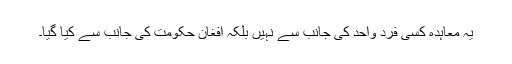
یہ معاہدہ کسی فرد واحد کی جانب سے نہیں بلکہ افغان حکومت کی جانب سے کیا گیا۔